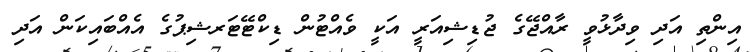
އިންތި އަދި ވިދާޅުވީ ރާއްޖޭގެ ޖުޑިޝިއަރީ އަކީ ވެއްޓުން ޑިކްޓޭޓަރޝިޕުގެ އެއްބައިކަން އަދި